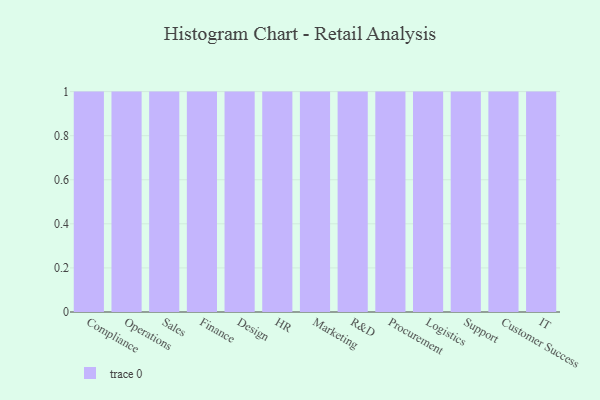
{"axis": {"x": "Department", "y": "Net Income (USD K)"}, "legend": [""], "data": [{"x": "Compliance", "y": 16, "type": ""}, {"x": "Operations", "y": 5, "type": ""}, {"x": "Sales", "y": 96, "type": ""}, {"x": "Finance", "y": 70, "type": ""}, {"x": "Design", "y": 45, "type": ""}, {"x": "HR", "y": 100, "type": ""}, {"x": "Marketing", "y": 32, "type": ""}, {"x": "R&D", "y": 55, "type": ""}, {"x": "Procurement", "y": 94, "type": ""}, {"x": "Logistics", "y": 29, "type": ""}, {"x": "Support", "y": 42, "type": ""}, {"x": "Customer Success", "y": 85, "type": ""}, {"x": "IT", "y": 68, "type": ""}]}